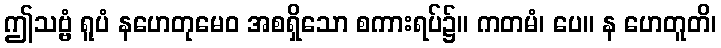
ဤသဗ္ဗံ ရူပံ နဟေတုမေဝ အစရှိသော စကားရပ်၌။ ကတမံ၊ ပေ။ န ဟေတူတိ၊